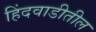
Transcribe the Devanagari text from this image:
हिंदवाडीतील